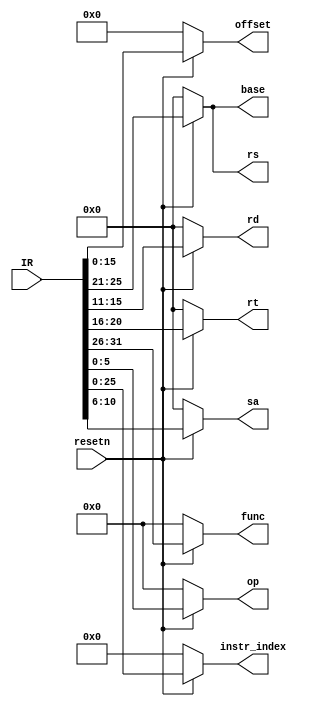
`timescale 1ns / 1ps
//////////////////////////////////////////////////////////////////////////////////
// Company: 
// Engineer: 
// 
// Design Name: 
// Module Name: Decoder
// Project Name: 
// Target Devices: 
// Tool Versions: 
// Description: 
// 
// Dependencies: 
// 
// Revision:
// Revision 0.01 - File Created
// Additional Comments:
// 
//////////////////////////////////////////////////////////////////////////////////


module Decoder(
    input resetn,
    input [31:0] IR,
    output reg [5:0] op,
    output reg [5:0] func,
    output reg [4:0] rs,
    output reg [4:0] rd,
    output reg [4:0] rt,
    output reg [4:0] base,
    output reg [15:0] offset,
    output reg [4:0] sa,
    output reg [25:0] instr_index
    );

    always @(*) begin
        if(!resetn)begin
        op <= 0;
        func <= 0;
        rs <= 0;
        rt <= 0;
        rd <= 0;
        base <= 0;
        offset <= 0;
        sa <= 0;
        instr_index <= 0;
        end
        else begin
        op <= IR[5:0];
        func <= IR[31:26];
        rs <= IR[25:21];
        rt <= IR[20:16];
        rd <= IR[15:11];
        base <= IR[25:21];
        offset <= IR[15:0];
        sa <= IR[10:6];
        instr_index <= IR[25:0];
    end
    end
endmodule